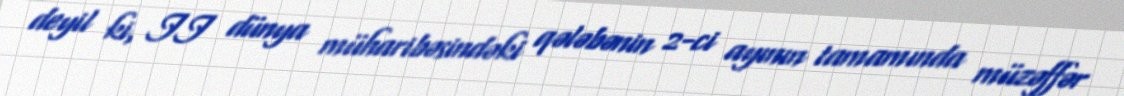
deyil ki, II dünya müharibəsindəki qələbənin 2-ci ayının tamamında müzəffər